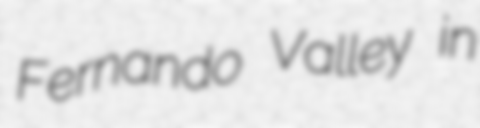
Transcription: Fernando Valley in